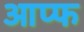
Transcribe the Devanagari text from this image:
आप्फ